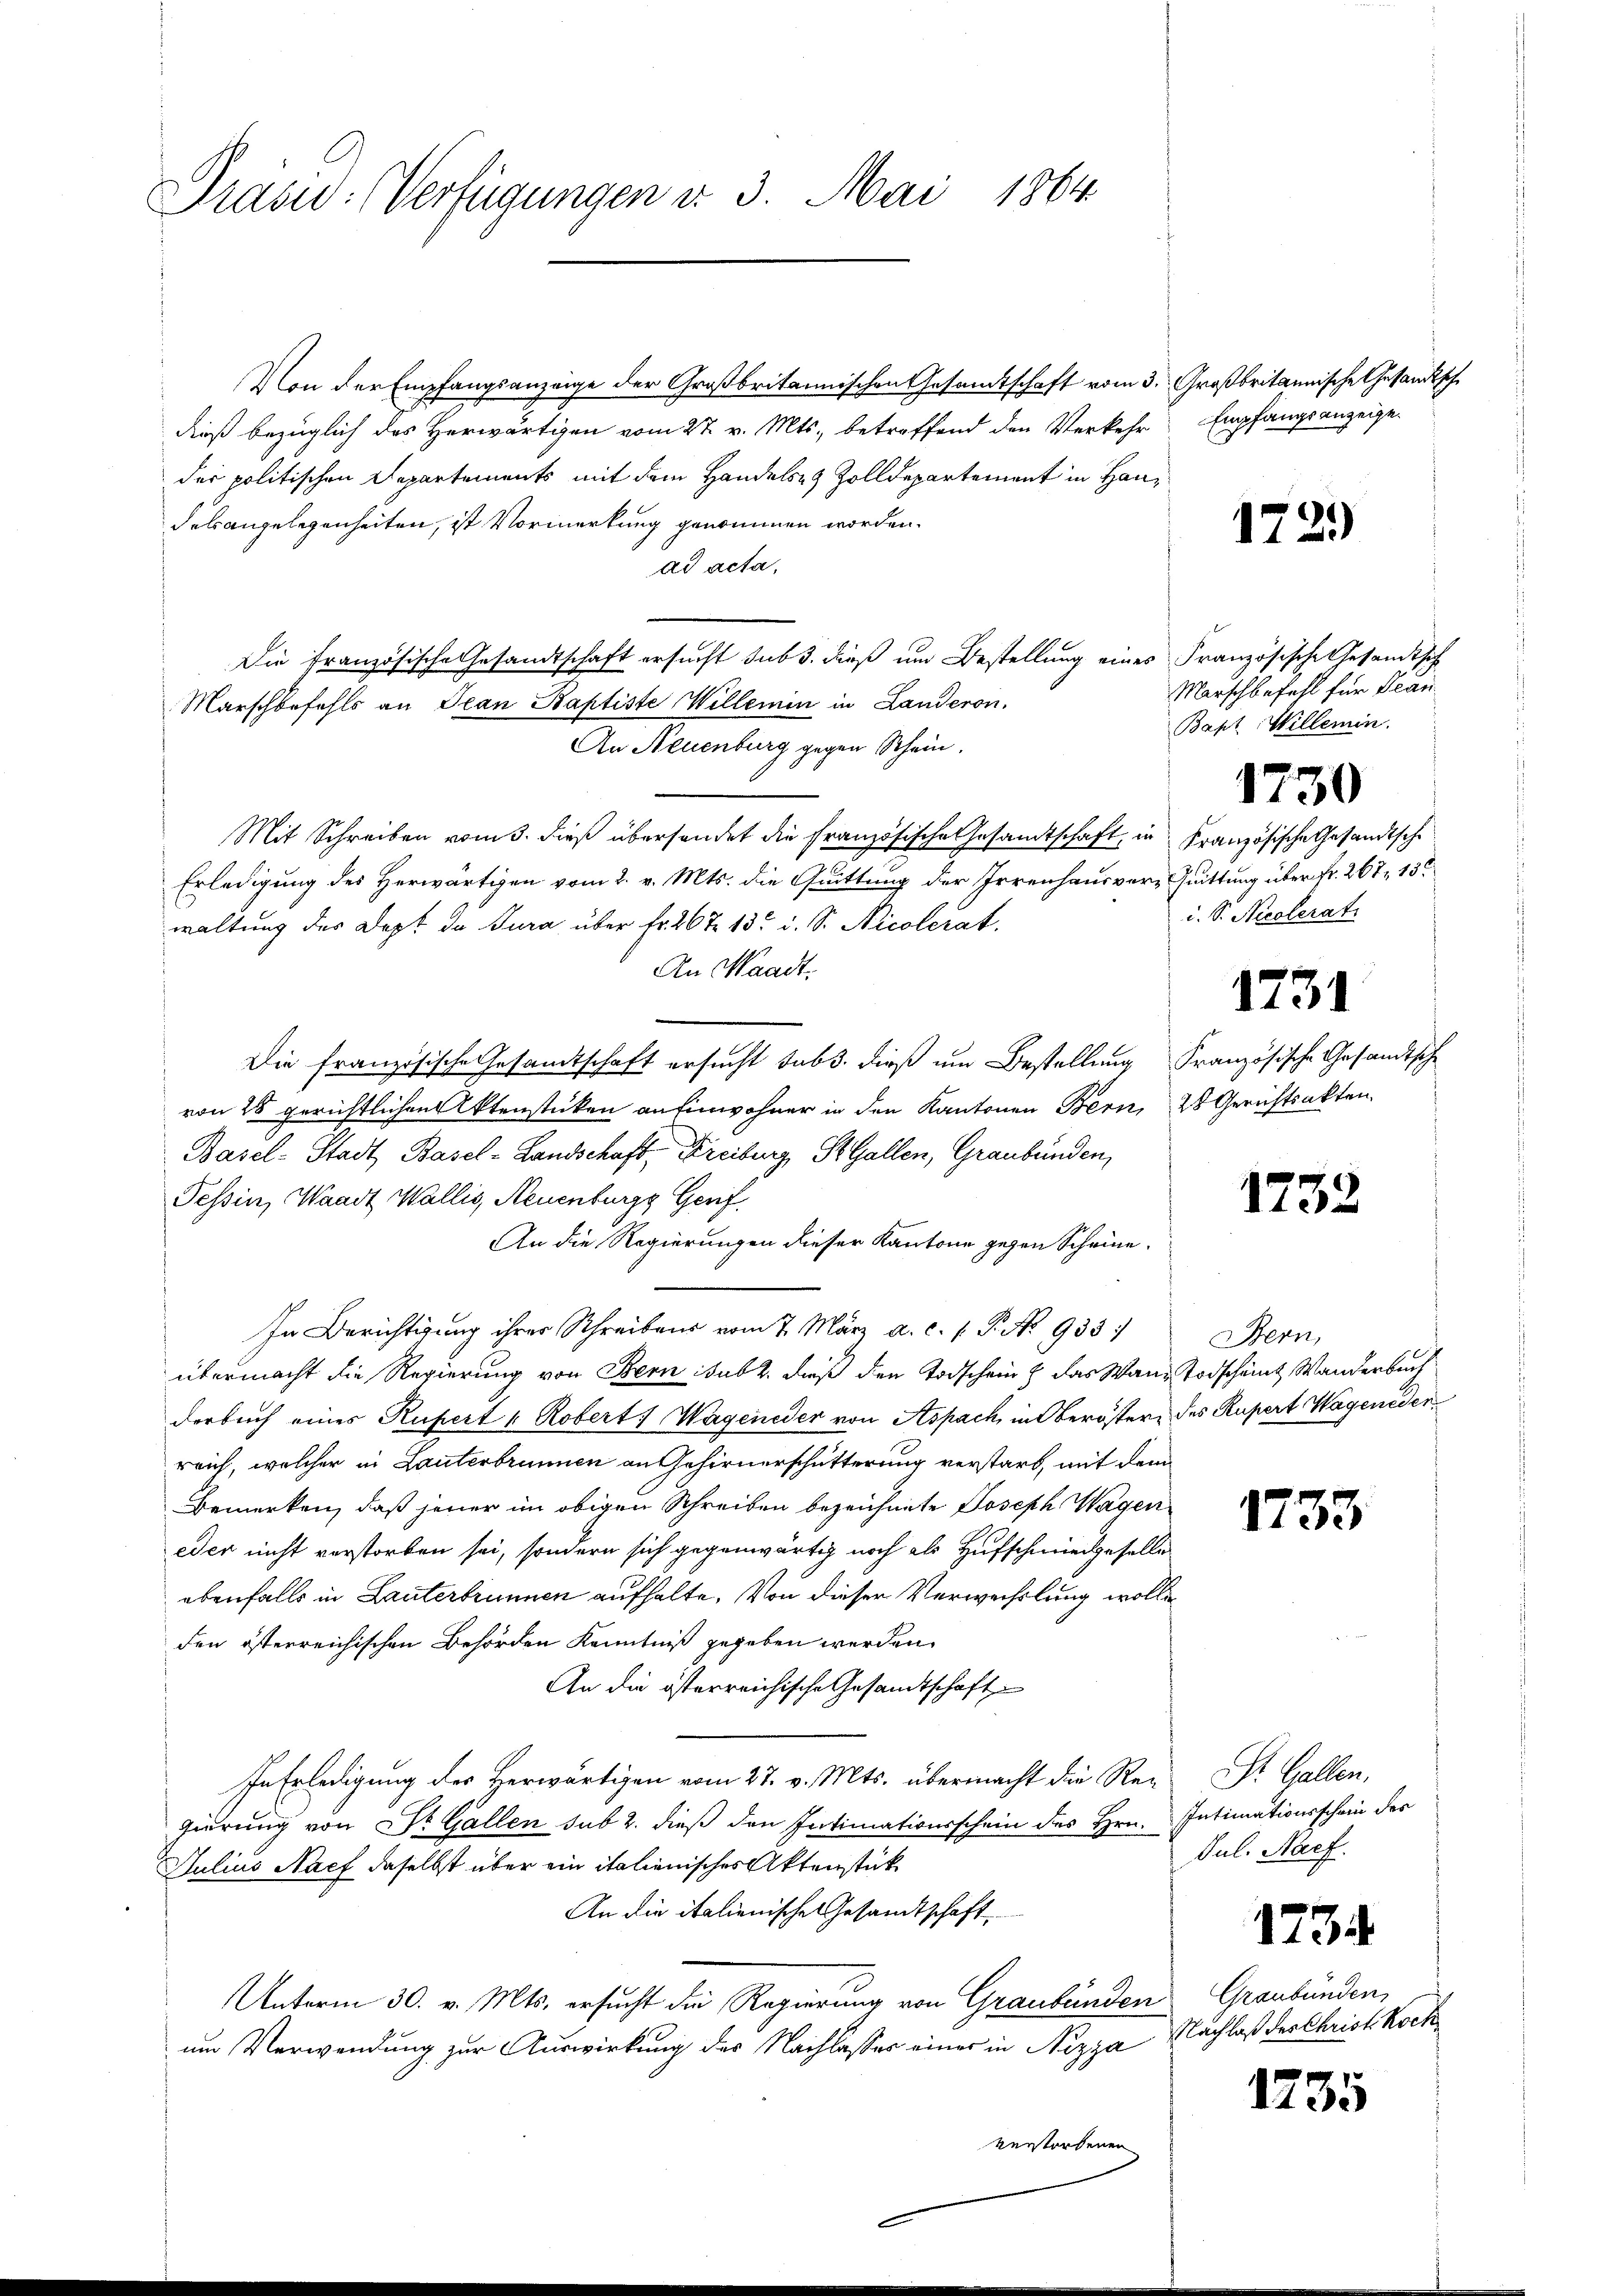
Präsid. Verfügungen d. 3. Mai 1864.

Von der Empfangsanzeige der Großbritannischen Gesamtschaft vom 3. Großbritannische Gesandtsche
dieß bezüglich des Herwärtigen vom 27. v. Mts., betreffend den Verkehr
der politischen Departements mit dem Handels- & Zolldepartement in Handelangelegenheiten, ist Vormerkung genommen worden.
ad acta,
Die Französische Gesandtschaft ersucht sub 3. dieß um Bestellung eines Französische Gesandtsch
Marschbefahls an Jean Baptiste Willemin in Landeron.
An Neuenburg gegen Schein.
Mit Schreiben vom 3. dieß übersendet die Französische Gesandtschaft in Französische Gesandtsche
Erledigung des Herwärtigen vom 2. v. Mts. die Quittung der Irrenhausvers Quittung über fr. 267, 15
waltung des Dept da Jura über fr. 26 te 13 u. S. Nicolerat
An Waadt.
Die französische Gesandtschaft ersucht sub. dieß um Bestellung Französische Gesandtsche
von 25 gerichtlichen Aktenstücken an Einwohner in den Kantonen Bern, 28 Gerichtsakten
Basel-Stadt Basel-Landschaft, Freiburg, St. Gallen, Graubünden,
Tessin, Waadt Wallis, Neuenburgs Genf.
An die Regierungen dieser Kantone gegen Scheine
In Berichtigung ihrer Schreibens vom 7. März a. c. s. P. No 933.
übermacht die Regierung von Bern sub 2. dieß den Todschein & das Wann Todscheint Wanderbuch
derbuch eines Rupert u. Robert Wageneder von Aspach in Oberöster des Rupert Wageneder
reich, welcher in Lauterbrunnen an Gehirnerschütterung verstarb, mit dem
Bemerken, daß jener im obigen Schreiben bezeichnete Joseph Wagen
eder nicht verstorben sei, sondern sich gegenwärtig noch als Hufschmiedgeselle
ebenfalls in Lauterbrunnen aufhalte. Von dieser Verwechslung wollen
den österreichischen Behörden Kenntniß gegeben werden
An die österreichische Gesandtschaft
In Erledigung des Herwärtigen vom 27. v. Mts. übermacht die Regierung von Dr. Gallen sub 2. dieß den Intimationsschein des Hrn. Intimationsschein des
Julius Nach daselbst über ein italienisches Aktenstück
An die italienische Gesandtschaft
Unterm 30. v. Mts. ersucht die Regierung von Graubünden
um Verwendung zur Auswirkung der Nachlasses einer in Nizza
verstorbenen

Empfangsanzeige.

1729)

Marschbefehl für Bean
Baht Willemin.
i. S. Nicolerati
1731

1730

1732

Bern,

1733

St. Gallen.
Jul. Nacf.

1734

Graubünden,
Nachlaß des Christ. Koch

1235